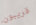
قريبون